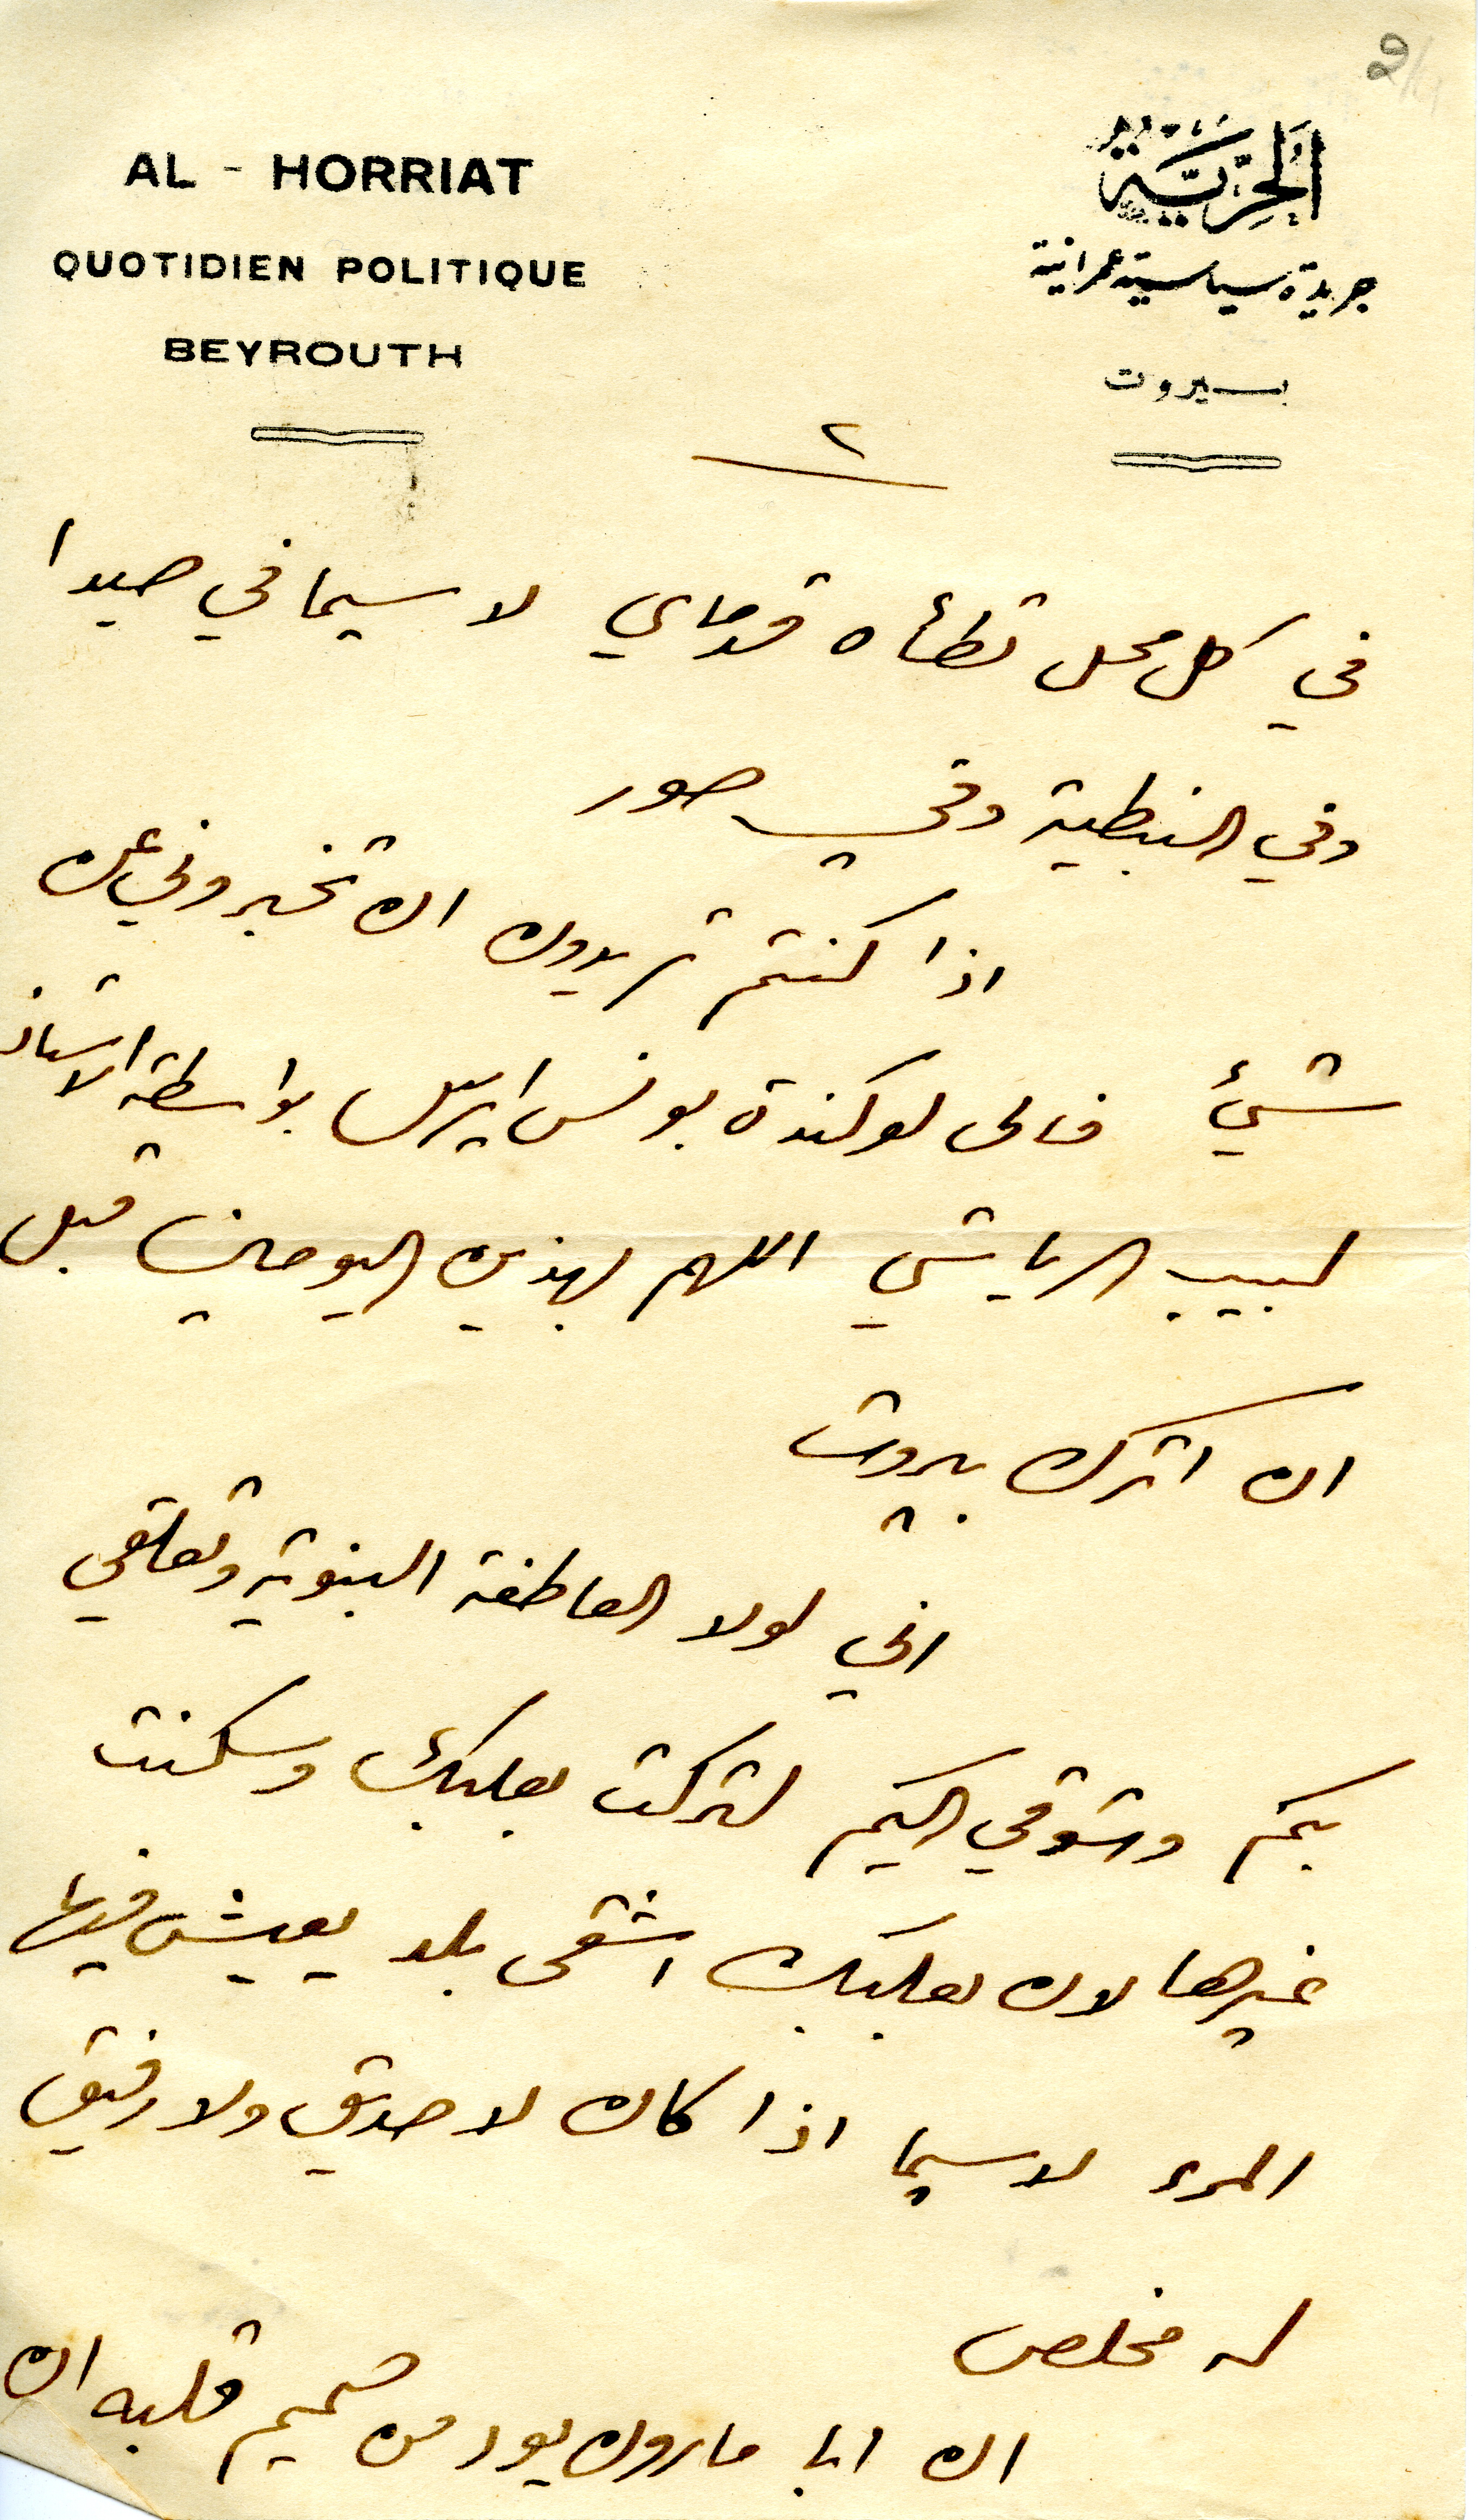
٢
اَلحُرِيّةُ
جريدة سياسية عمرانية
بيروت

QUOTIDIEN POLITIQUE

BEYROUTH
٢
في كل محل تطأه قدماي لا سيما في صيدا
وفي النبطية وفي صور
اذا كنتم تريدون ان تخبروني عن
شيء فالى لوكندة بونس ايرس بواسطة الاستاذ
لبيب الرياشي اللهم بهذين اليومين قبل
ان اترك بيروت
اني لولا العاطفة البنوية وتعلقي
بكم وشوقي اليكم لتركت بعلبك وسكنت
غيرها لان بعلبك اشقى بلد يعيش فيها
المرء لاسيما اذا كان لا صديق ولا رفيق
له مخلص
ان ابا مارون يود من صميم قلبه ان